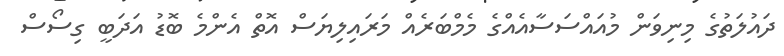
ދައުލަތުގެ މިނިވަން މުއައްސަސާއެއްގެ މެމްބަރެއް މަރައިލިޔަސް އޮތް އެންމެ ބޮޑު އަދަބީ ގިސޯސް